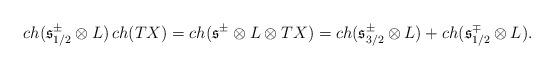
LaTeX: \begin{align*}ch(\mathfrak{s}^{\pm}_{1/2}\otimes L)\,ch(TX) = ch(\mathfrak{s}^{\pm}\otimes L \otimes TX) = ch(\mathfrak{s}^{\pm}_{3/2}\otimes L) + ch(\mathfrak{s}^{\mp}_{1/2}\otimes L).\end{align*}